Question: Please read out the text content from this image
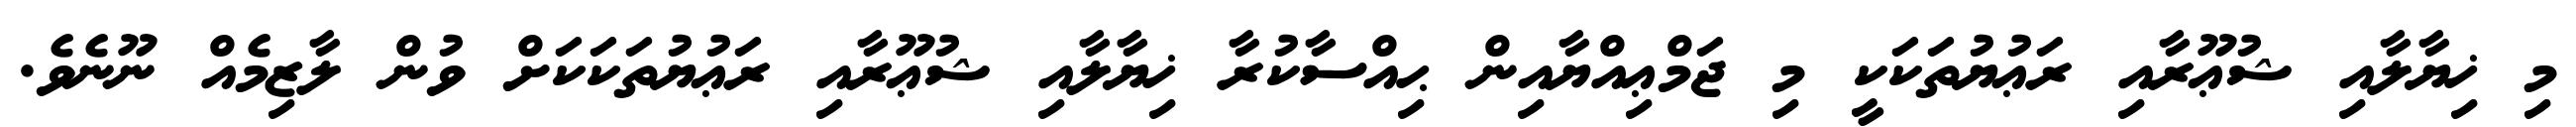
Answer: މި ޚިޔާލާއި ޝުޢޫރާއި ރަޢުޔުތަކަކީ މި ޖަމްޢިއްޔާއިން ޙިއްސާކުރާ ޚިޔާލާއި ޝުޢޫރާއި ރަޢުޔުތަކަކަށް ވުން ލާޒިމެއް ނޫނެވެ.